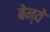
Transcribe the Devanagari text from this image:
बेन्वे